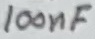
Text: 100nF